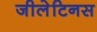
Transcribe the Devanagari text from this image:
जीलेटिनस